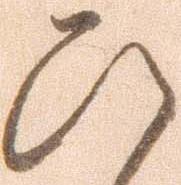
ひ